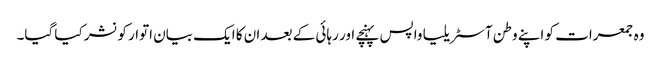
وہ جمعرات کو اپنے وطن آسٹریلیا واپس پہنچے اور رہائی کے بعد ان کا ایک بیان اتوار کو نشر کیا گیا۔